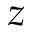
z